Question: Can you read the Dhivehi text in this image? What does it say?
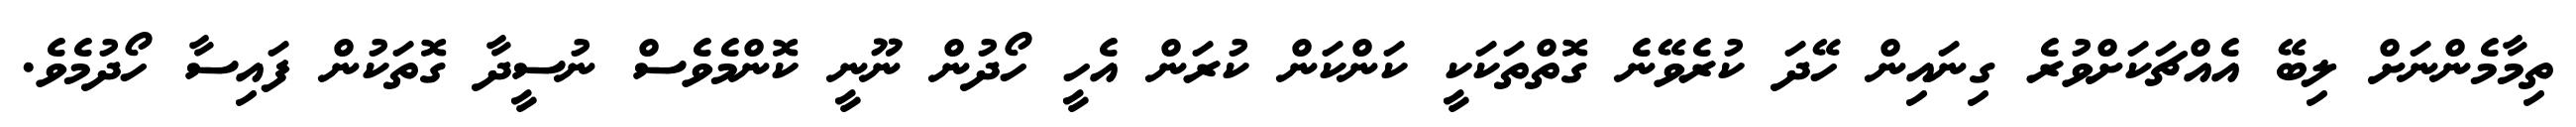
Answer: ތިމާމެންނަށް ލިބޭ އެއްޗަކަށްވުރެ ގިނައިން ހޭދަ ކުރެވޭނެ ގޮތްތަކަކީ ކަންކަން ކުރަން އެހީ ހޯދުން ނޫނީ ކޮންމެވެސް ނުސީދާ ގޮތަކުން ފައިސާ ހޯދުމެވެ.